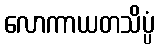
လောကာယတသိပ္ပံ